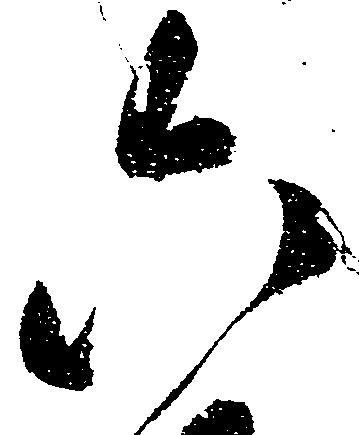
六